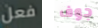
فعل جوف